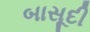
બાસૂદી